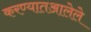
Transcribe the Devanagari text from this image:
करण्यातआलेले